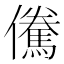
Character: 儯